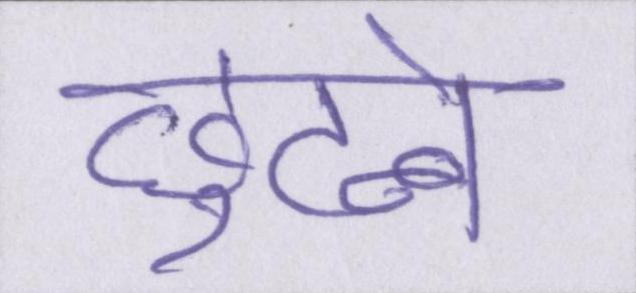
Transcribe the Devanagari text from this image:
छुटने